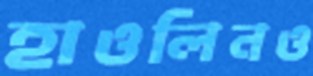
হাওলিনও